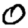
Digit: 0